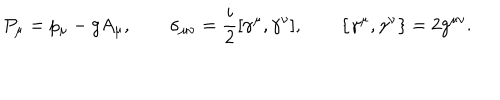
P _ { \mu } = p _ { \mu } - g A _ { \mu } , \qquad \sigma _ { \mu \nu } = { \frac { i } { 2 } } [ \gamma ^ { \mu } , \gamma ^ { \nu } ] , \qquad \{ \gamma ^ { \mu } , \gamma ^ { \nu } \} = 2 g ^ { \mu \nu } .